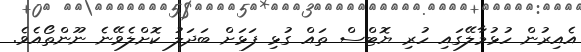
އެއިރުން ހުޅުމާލޭގައި ހުރި ޔޮޓްސް ތައް ގުޅި ފަޅަށް ބަދަލު ކޮށްލެވޭނެ ނޫންތޯއެވެ.